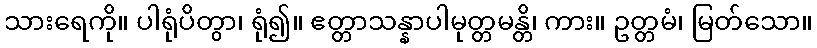
သားရေကို။ ပါရုံပိတွာ၊ ရုံ၍။ ဧတ္တာသန္နာပါမုတ္တမန္တိ၊ ကား။ ဥတ္တမံ၊ မြတ်သော။